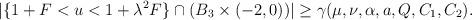
LaTeX: \begin{align*} \begin{aligned} |\{1+F<u<1+\lambda^2F\}\cap(B_3\times(-2,0))|\geq \gamma(\mu,\nu,\alpha,a,Q,C_1,C_2). \end{aligned} \end{align*}